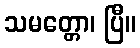
သမတ္တော၊ ပြီ။